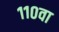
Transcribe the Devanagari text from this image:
११०वा